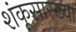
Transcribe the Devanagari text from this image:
शंकूसारख्या